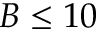
B \le 1 0